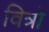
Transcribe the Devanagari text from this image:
वित्रों